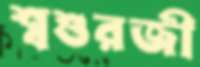
শ্বশুরজী